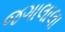
જગાલાલા